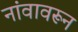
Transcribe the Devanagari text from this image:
नांवावरून